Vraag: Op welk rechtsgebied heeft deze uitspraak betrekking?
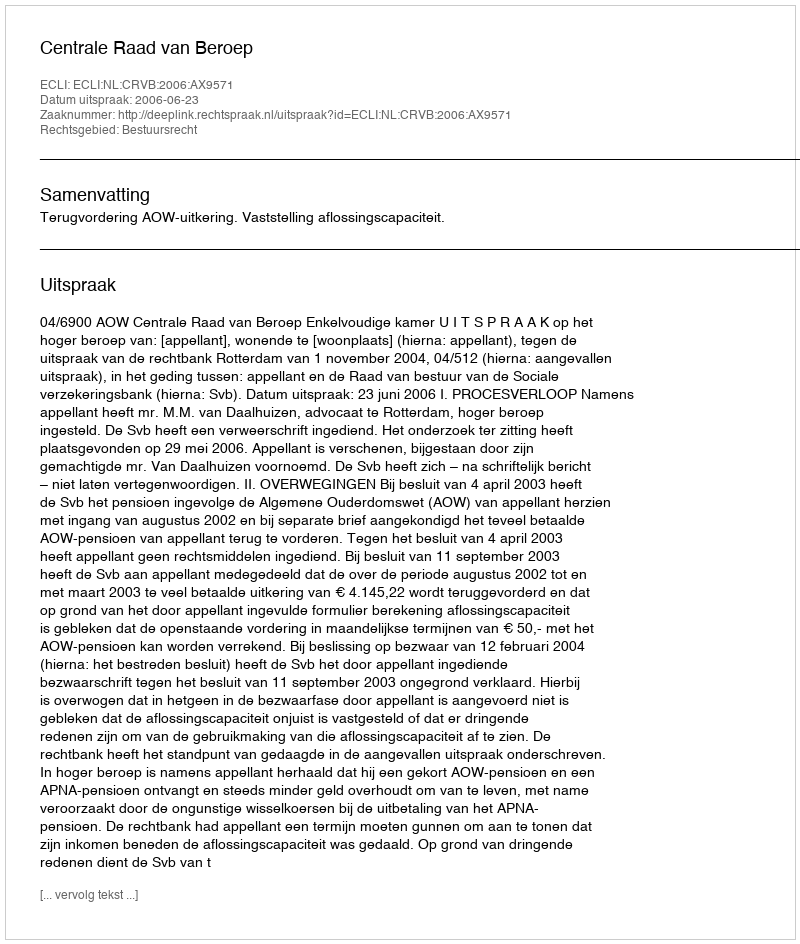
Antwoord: Bestuursrecht